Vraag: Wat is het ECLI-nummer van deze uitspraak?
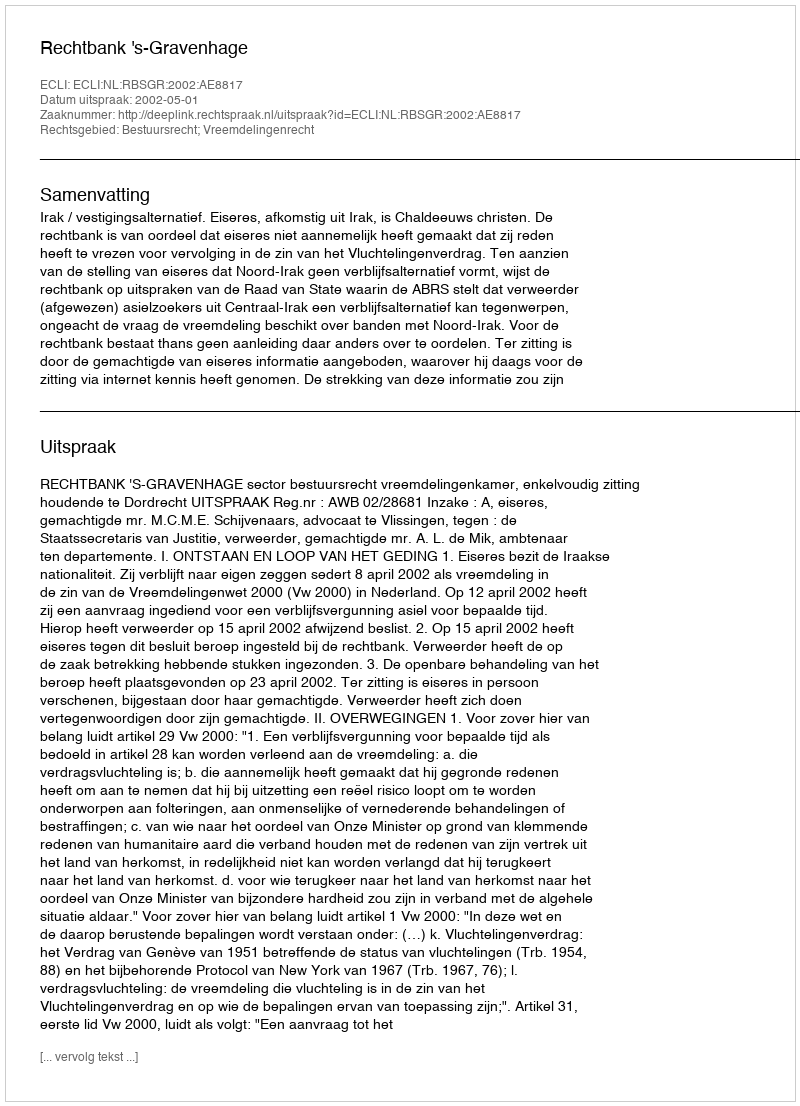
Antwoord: ECLI:NL:RBSGR:2002:AE8817